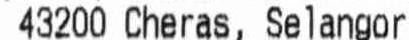
43200 CHERAS, SELANGOR